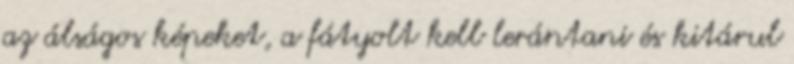
az álságos képeket, a fátyolt kell lerántani és kitárul